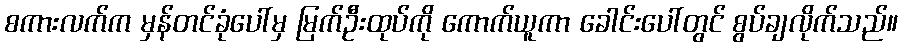
စကားလက်က မှန်တင်ခုံပေါ်မှ မြက်ဦးထုပ်ကို ကောက်ယူကာ ခေါင်းပေါ်တွင် စွပ်ချလိုက်သည်။